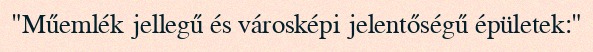
"Műemlék jellegű és városképi jelentőségű épületek:"